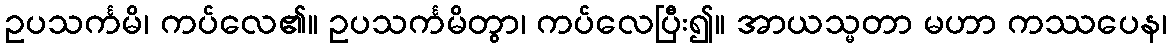
ဥပသင်္ကမိ၊ ကပ်လေ၏။ ဥပသင်္ကမိတွာ၊ ကပ်လေပြီး၍။ အာယသ္မတာ မဟာ ကဿပေန၊